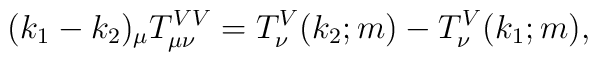
(k_{1}-k_{2})_{\mu }T_{\mu \nu }^{VV}=T_{\nu }^{V}(k_{2};m)-T_{\nu}^{V}(k_{1};m),